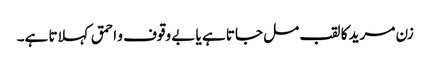
زن مرید کا لقب مل جاتا ہے یا بے وقوف و احمق کہلاتا ہے۔